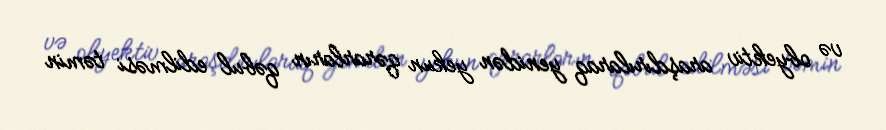
və obyektiv araşdırılaraq yenidən yekun qərarların qəbul edilməsi təmin